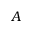
A